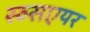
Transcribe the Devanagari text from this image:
स्व्सएयर